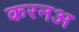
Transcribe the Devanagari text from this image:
करनअ